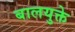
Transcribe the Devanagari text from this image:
बालयुक्ते